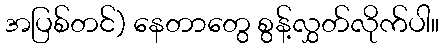
အပြစ်တင်) နေတာတွေ စွန့်လွှတ်လိုက်ပါ။